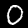
Label: 0